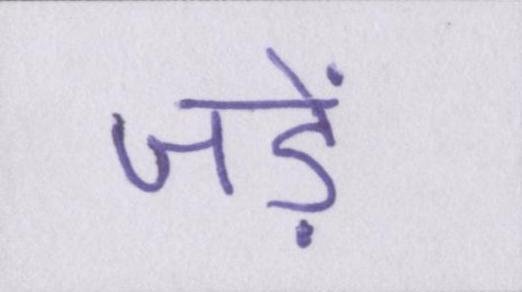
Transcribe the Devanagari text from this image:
जड़ें